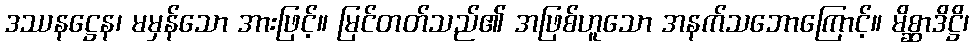
ဒဿနဋ္ဌေန၊ မမှန်သော အားဖြင့်။ မြင်တတ်သည်၏ အဖြစ်ဟူသော အနက်သဘောကြောင့်။ မိစ္ဆာဒိဋ္ဌိ၊